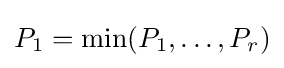
P_{1}=\min(P_{1},\dots ,P_{r})